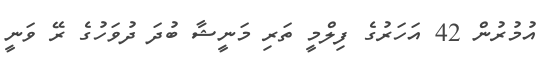
އުމުރުން 42 އަހަރުގެ ފިލްމީ ތަރި މަނީޝާ ބުދަ ދުވަހުގެ ރޭ ވަނީ